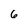
Character: 6